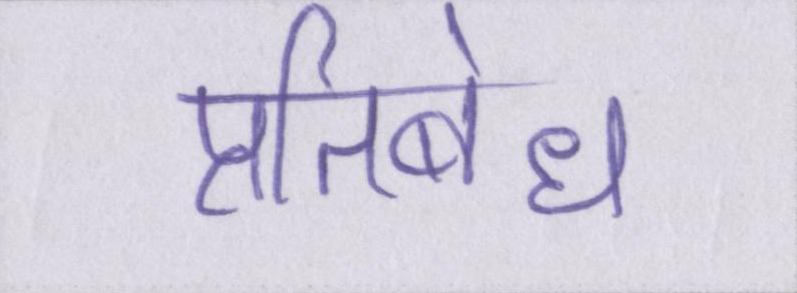
प्रतिबंध